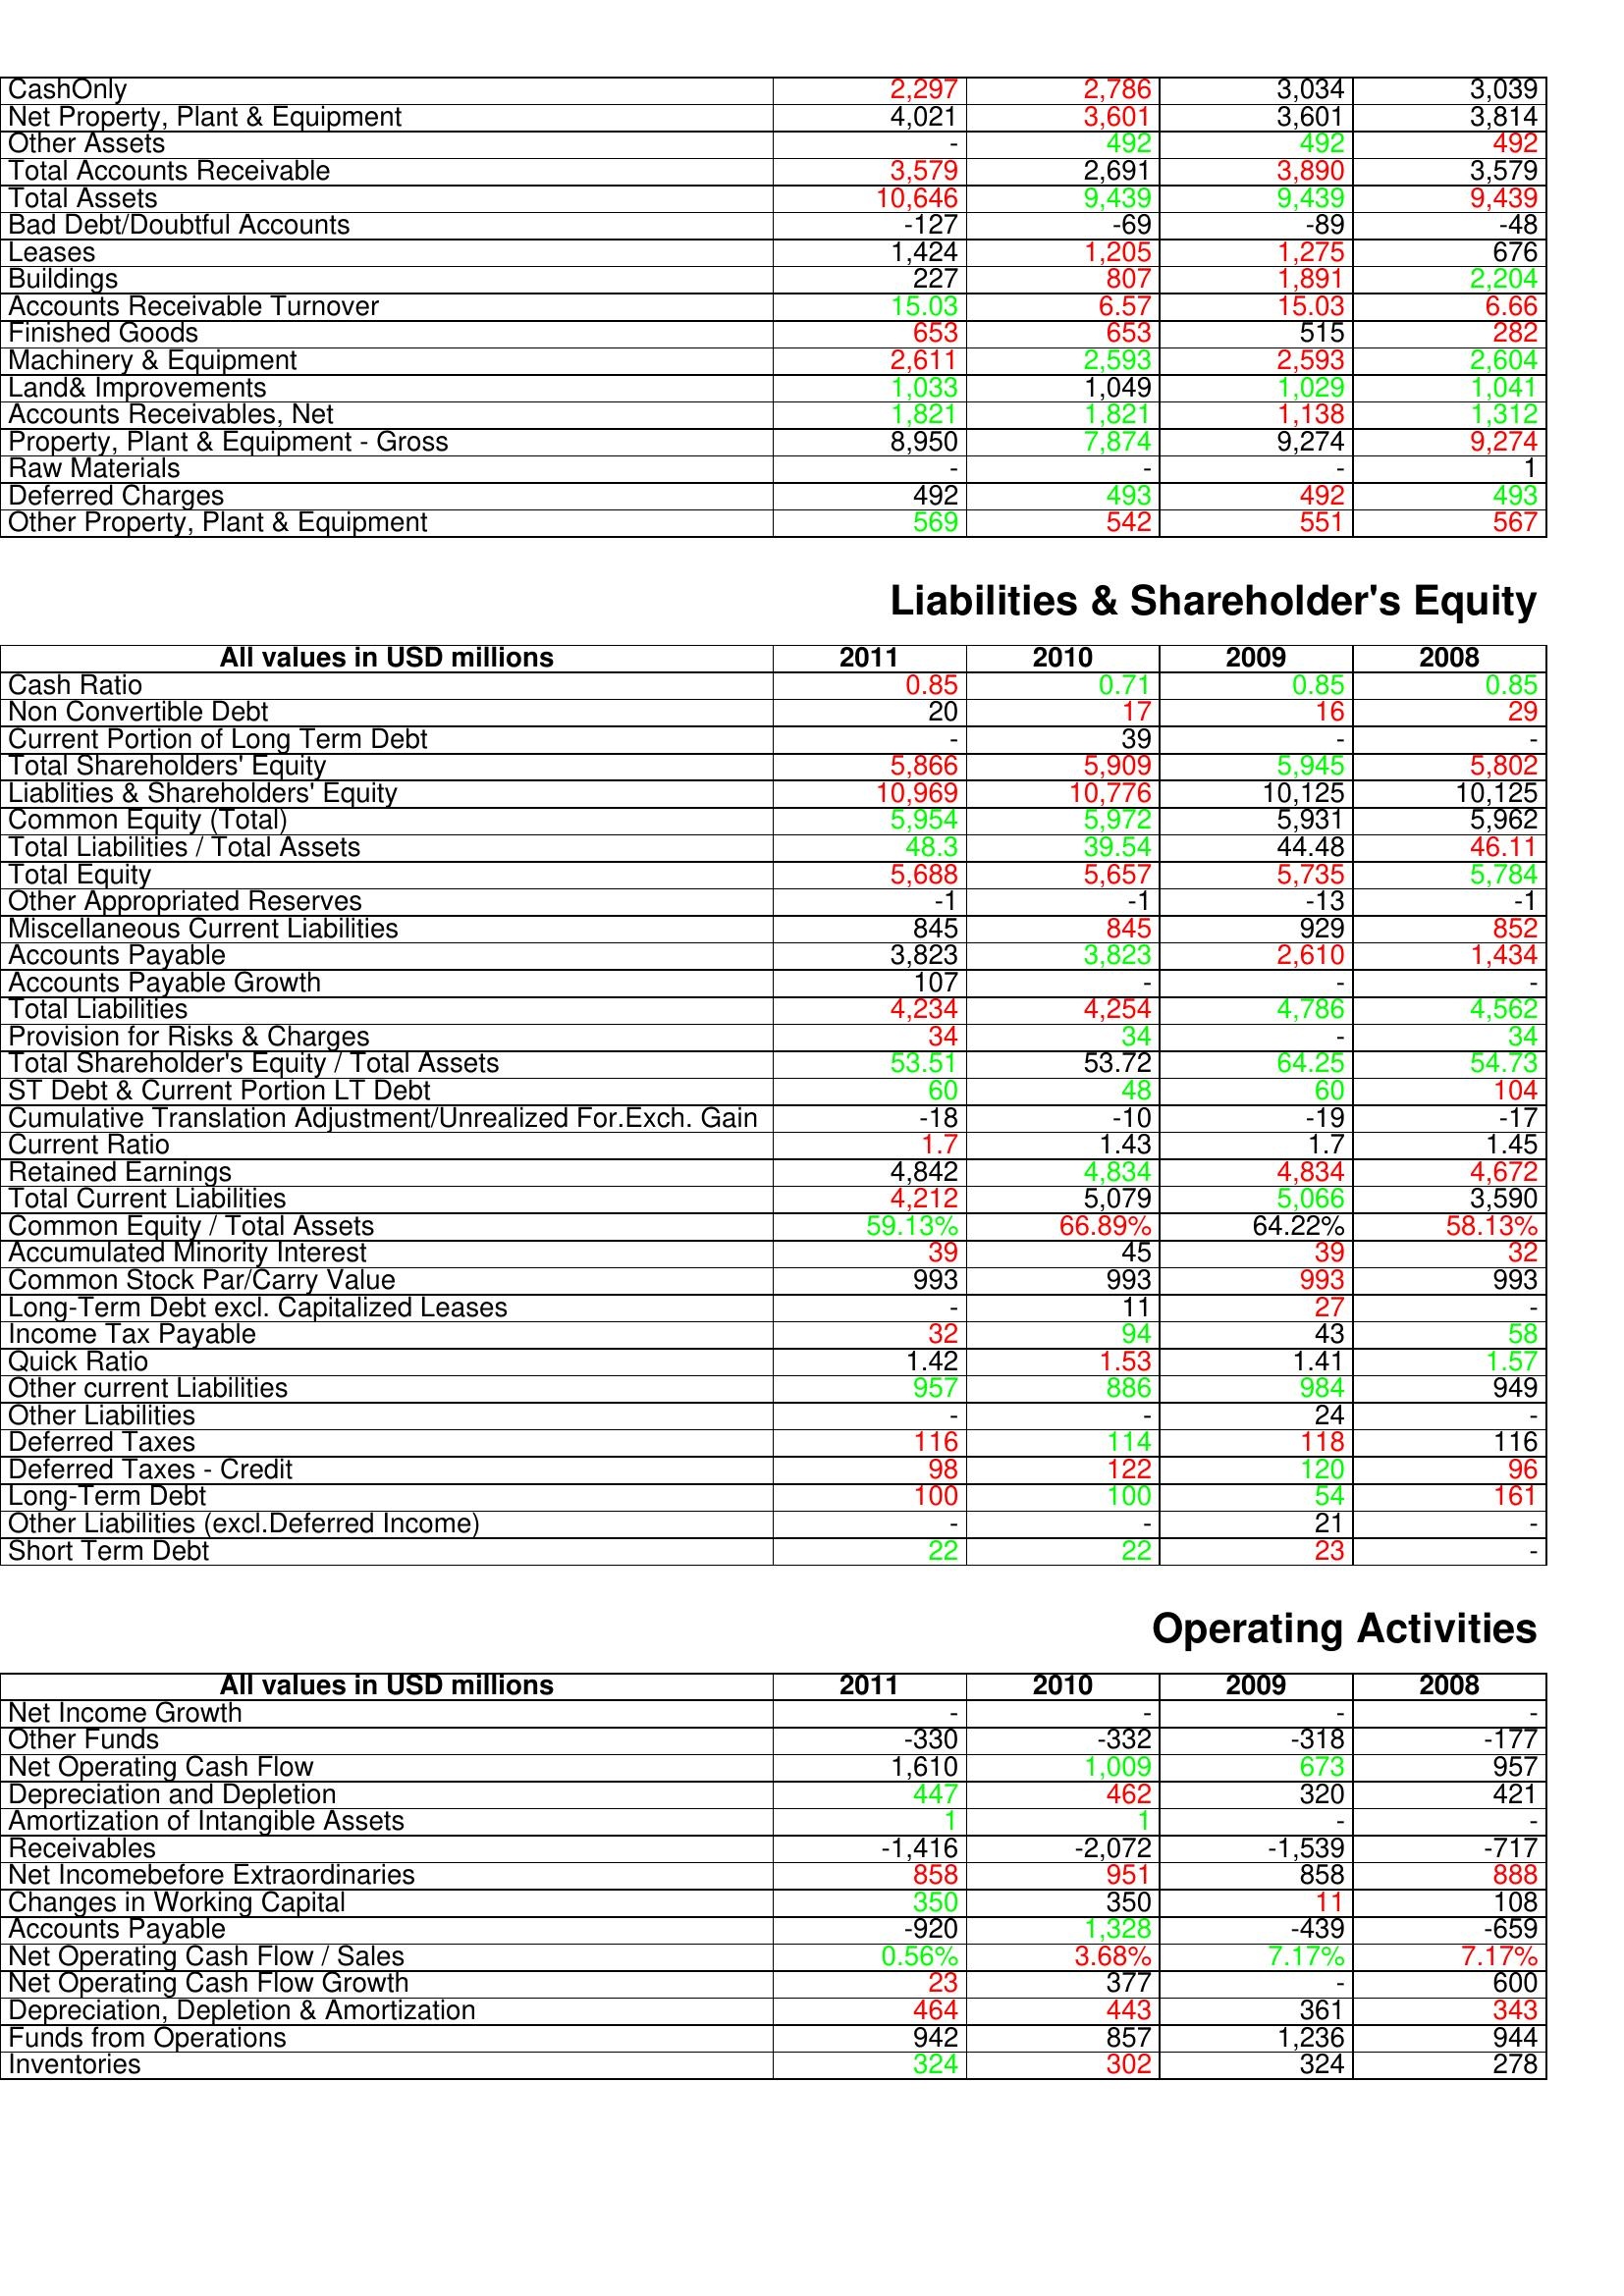
gt_parse: 2011: Assets: CashOnly: 2,297
Net Property, Plant & Equipment: 4,021
Other Assets: -
Total Accounts Receivable: 3,579
Total Assets: 10,646
Bad Debt/Doubtful Accounts: -127
Leases: 1,424
Buildings: 227
Accounts Receivable Turnover: 15.03
Finished Goods: 653
Machinery & Equipment: 2,611
Land& Improvements: 1,033
Accounts Receivables, Net: 1,821
Property, Plant & Equipment - Gross : 8,950
Raw Materials: -
Deferred Charges: 492
Other Property, Plant & Equipment: 569
Liabilities & Shareholder's Equity: Cash Ratio: 0.85
Non Convertible Debt: 20
Current Portion of Long Term Debt: -
Total Shareholders' Equity: 5,866
Liablities & Shareholders' Equity: 10,969
Common Equity (Total): 5,954
Total Liabilities / Total Assets: 48.3
Total Equity: 5,688
Other Appropriated Reserves: -1
Miscellaneous Current Liabilities: 845
Accounts Payable: 3,823
Accounts Payable Growth: 107
Total Liabilities: 4,234
Provision for Risks & Charges: 34
Total Shareholder's Equity / Total Assets: 53.51
ST Debt & Current Portion LT Debt: 60
Cumulative Translation Adjustment/Unrealized For.Exch. Gain: -18
Current Ratio: 1.7
Retained Earnings: 4,842
Total Current Liabilities: 4,212
Common Equity / Total Assets: 59.13%
Accumulated Minority Interest: 39
Common Stock Par/Carry Value: 993
Long-Term Debt excl. Capitalized Leases: -
Income Tax Payable: 32
Quick Ratio: 1.42
Other current Liabilities: 957
Other Liabilities: -
Deferred Taxes: 116
Deferred Taxes - Credit: 98
Long-Term Debt: 100
Other Liabilities (excl.Deferred Income): -
Short Term Debt: 22
Operating Activities: Net Income Growth: -
Other Funds: -330
Net Operating Cash Flow: 1,610
Depreciation and Depletion: 447
Amortization of Intangible Assets: 1
Receivables: -1,416
Net Incomebefore Extraordinaries: 858
Changes in Working Capital: 350
Accounts Payable: -920
Net Operating Cash Flow / Sales: 0.56%
Net Operating Cash Flow Growth: 23
Depreciation, Depletion & Amortization: 464
Funds from Operations: 942
Inventories: 324
2010: Assets: CashOnly: 2,786
Net Property, Plant & Equipment: 3,601
Other Assets: 492
Total Accounts Receivable: 2,691
Total Assets: 9,439
Bad Debt/Doubtful Accounts: -69
Leases: 1,205
Buildings: 807
Accounts Receivable Turnover: 6.57
Finished Goods: 653
Machinery & Equipment: 2,593
Land& Improvements: 1,049
Accounts Receivables, Net: 1,821
Property, Plant & Equipment - Gross : 7,874
Raw Materials: -
Deferred Charges: 493
Other Property, Plant & Equipment: 542
Liabilities & Shareholder's Equity: Cash Ratio: 0.71
Non Convertible Debt: 17
Current Portion of Long Term Debt: 39
Total Shareholders' Equity: 5,909
Liablities & Shareholders' Equity: 10,776
Common Equity (Total): 5,972
Total Liabilities / Total Assets: 39.54
Total Equity: 5,657
Other Appropriated Reserves: -1
Miscellaneous Current Liabilities: 845
Accounts Payable: 3,823
Accounts Payable Growth: -
Total Liabilities: 4,254
Provision for Risks & Charges: 34
Total Shareholder's Equity / Total Assets: 53.72
ST Debt & Current Portion LT Debt: 48
Cumulative Translation Adjustment/Unrealized For.Exch. Gain: -10
Current Ratio: 1.43
Retained Earnings: 4,834
Total Current Liabilities: 5,079
Common Equity / Total Assets: 66.89%
Accumulated Minority Interest: 45
Common Stock Par/Carry Value: 993
Long-Term Debt excl. Capitalized Leases: 11
Income Tax Payable: 94
Quick Ratio: 1.53
Other current Liabilities: 886
Other Liabilities: -
Deferred Taxes: 114
Deferred Taxes - Credit: 122
Long-Term Debt: 100
Other Liabilities (excl.Deferred Income): -
Short Term Debt: 22
Operating Activities: Net Income Growth: -
Other Funds: -332
Net Operating Cash Flow: 1,009
Depreciation and Depletion: 462
Amortization of Intangible Assets: 1
Receivables: -2,072
Net Incomebefore Extraordinaries: 951
Changes in Working Capital: 350
Accounts Payable: 1,328
Net Operating Cash Flow / Sales: 3.68%
Net Operating Cash Flow Growth: 377
Depreciation, Depletion & Amortization: 443
Funds from Operations: 857
Inventories: 302
2009: Assets: CashOnly: 3,034
Net Property, Plant & Equipment: 3,601
Other Assets: 492
Total Accounts Receivable: 3,890
Total Assets: 9,439
Bad Debt/Doubtful Accounts: -89
Leases: 1,275
Buildings: 1,891
Accounts Receivable Turnover: 15.03
Finished Goods: 515
Machinery & Equipment: 2,593
Land& Improvements: 1,029
Accounts Receivables, Net: 1,138
Property, Plant & Equipment - Gross : 9,274
Raw Materials: -
Deferred Charges: 492
Other Property, Plant & Equipment: 551
Liabilities & Shareholder's Equity: Cash Ratio: 0.85
Non Convertible Debt: 16
Current Portion of Long Term Debt: -
Total Shareholders' Equity: 5,945
Liablities & Shareholders' Equity: 10,125
Common Equity (Total): 5,931
Total Liabilities / Total Assets: 44.48
Total Equity: 5,735
Other Appropriated Reserves: -13
Miscellaneous Current Liabilities: 929
Accounts Payable: 2,610
Accounts Payable Growth: -
Total Liabilities: 4,786
Provision for Risks & Charges: -
Total Shareholder's Equity / Total Assets: 64.25
ST Debt & Current Portion LT Debt: 60
Cumulative Translation Adjustment/Unrealized For.Exch. Gain: -19
Current Ratio: 1.7
Retained Earnings: 4,834
Total Current Liabilities: 5,066
Common Equity / Total Assets: 64.22%
Accumulated Minority Interest: 39
Common Stock Par/Carry Value: 993
Long-Term Debt excl. Capitalized Leases: 27
Income Tax Payable: 43
Quick Ratio: 1.41
Other current Liabilities: 984
Other Liabilities: 24
Deferred Taxes: 118
Deferred Taxes - Credit: 120
Long-Term Debt: 54
Other Liabilities (excl.Deferred Income): 21
Short Term Debt: 23
Operating Activities: Net Income Growth: -
Other Funds: -318
Net Operating Cash Flow: 673
Depreciation and Depletion: 320
Amortization of Intangible Assets: -
Receivables: -1,539
Net Incomebefore Extraordinaries: 858
Changes in Working Capital: 11
Accounts Payable: -439
Net Operating Cash Flow / Sales: 7.17%
Net Operating Cash Flow Growth: -
Depreciation, Depletion & Amortization: 361
Funds from Operations: 1,236
Inventories: 324
2008: Assets: CashOnly: 3,039
Net Property, Plant & Equipment: 3,814
Other Assets: 492
Total Accounts Receivable: 3,579
Total Assets: 9,439
Bad Debt/Doubtful Accounts: -48
Leases: 676
Buildings: 2,204
Accounts Receivable Turnover: 6.66
Finished Goods: 282
Machinery & Equipment: 2,604
Land& Improvements: 1,041
Accounts Receivables, Net: 1,312
Property, Plant & Equipment - Gross : 9,274
Raw Materials: 1
Deferred Charges: 493
Other Property, Plant & Equipment: 567
Liabilities & Shareholder's Equity: Cash Ratio: 0.85
Non Convertible Debt: 29
Current Portion of Long Term Debt: -
Total Shareholders' Equity: 5,802
Liablities & Shareholders' Equity: 10,125
Common Equity (Total): 5,962
Total Liabilities / Total Assets: 46.11
Total Equity: 5,784
Other Appropriated Reserves: -1
Miscellaneous Current Liabilities: 852
Accounts Payable: 1,434
Accounts Payable Growth: -
Total Liabilities: 4,562
Provision for Risks & Charges: 34
Total Shareholder's Equity / Total Assets: 54.73
ST Debt & Current Portion LT Debt: 104
Cumulative Translation Adjustment/Unrealized For.Exch. Gain: -17
Current Ratio: 1.45
Retained Earnings: 4,672
Total Current Liabilities: 3,590
Common Equity / Total Assets: 58.13%
Accumulated Minority Interest: 32
Common Stock Par/Carry Value: 993
Long-Term Debt excl. Capitalized Leases: -
Income Tax Payable: 58
Quick Ratio: 1.57
Other current Liabilities: 949
Other Liabilities: -
Deferred Taxes: 116
Deferred Taxes - Credit: 96
Long-Term Debt: 161
Other Liabilities (excl.Deferred Income): -
Short Term Debt: -
Operating Activities: Net Income Growth: -
Other Funds: -177
Net Operating Cash Flow: 957
Depreciation and Depletion: 421
Amortization of Intangible Assets: -
Receivables: -717
Net Incomebefore Extraordinaries: 888
Changes in Working Capital: 108
Accounts Payable: -659
Net Operating Cash Flow / Sales: 7.17%
Net Operating Cash Flow Growth: 600
Depreciation, Depletion & Amortization: 343
Funds from Operations: 944
Inventories: 278